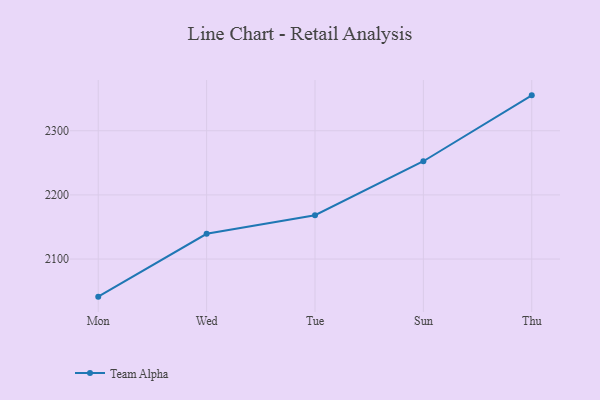
{"axis": {"x": "Day", "y": "Website Visitors"}, "legend": ["Team Alpha"], "data": [{"x": "Mon", "y": 2041.4, "type": "Team Alpha"}, {"x": "Wed", "y": 2139.4, "type": "Team Alpha"}, {"x": "Tue", "y": 2168.3, "type": "Team Alpha"}, {"x": "Sun", "y": 2252.5, "type": "Team Alpha"}, {"x": "Thu", "y": 2355.2, "type": "Team Alpha"}]}